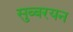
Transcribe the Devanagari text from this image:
सुब्बरयन